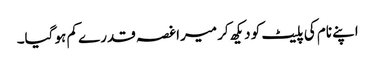
اپنے نام کی پلیٹ کو دیکھ کر میرا غصہ قدرے کم ہو گیا۔